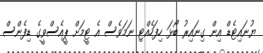
ޔުނައިޓެޑް އިން ގިނައިރު ބޯޅަ ހިފަހެއްޓި ނަމަވެސް އެ ޓީމަށް ޕީއެސްވީގެ ޑިފެންސް